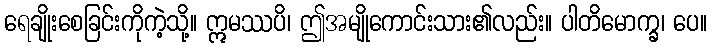
ရေချိုးစေခြင်းကိုကဲ့သို့။ ဣမဿပိ၊ ဤအမျိုကောင်းသား၏လည်း။ ပါတိမောက္ခ၊ ပေ။